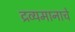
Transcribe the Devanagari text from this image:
द्रव्यमानाचे